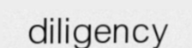
diligency